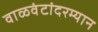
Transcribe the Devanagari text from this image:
वाळवंटांदरम्यान